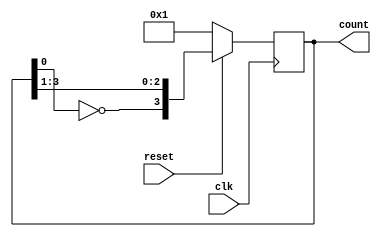
// Code your design here
module johnson_counter(clk,reset,count);
  
  parameter N=4;
  
  input clk,reset;
  output reg [N-1:0] count;
  
  always@(posedge clk) 
    begin
  
      if(reset)
        count={~count[0],count[N-1:1]};
      
      else
        count=1;
    end

endmodule